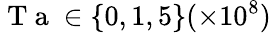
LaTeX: \mathrm{~T~a~}\in\{ 0,1,5\} (\times 10^{8})